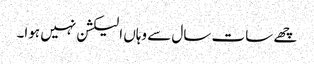
چھے سات سال سے وہاں الیکشن نہیں ہوا۔